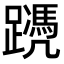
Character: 𨆱